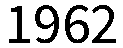
1962